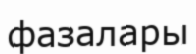
фазалары